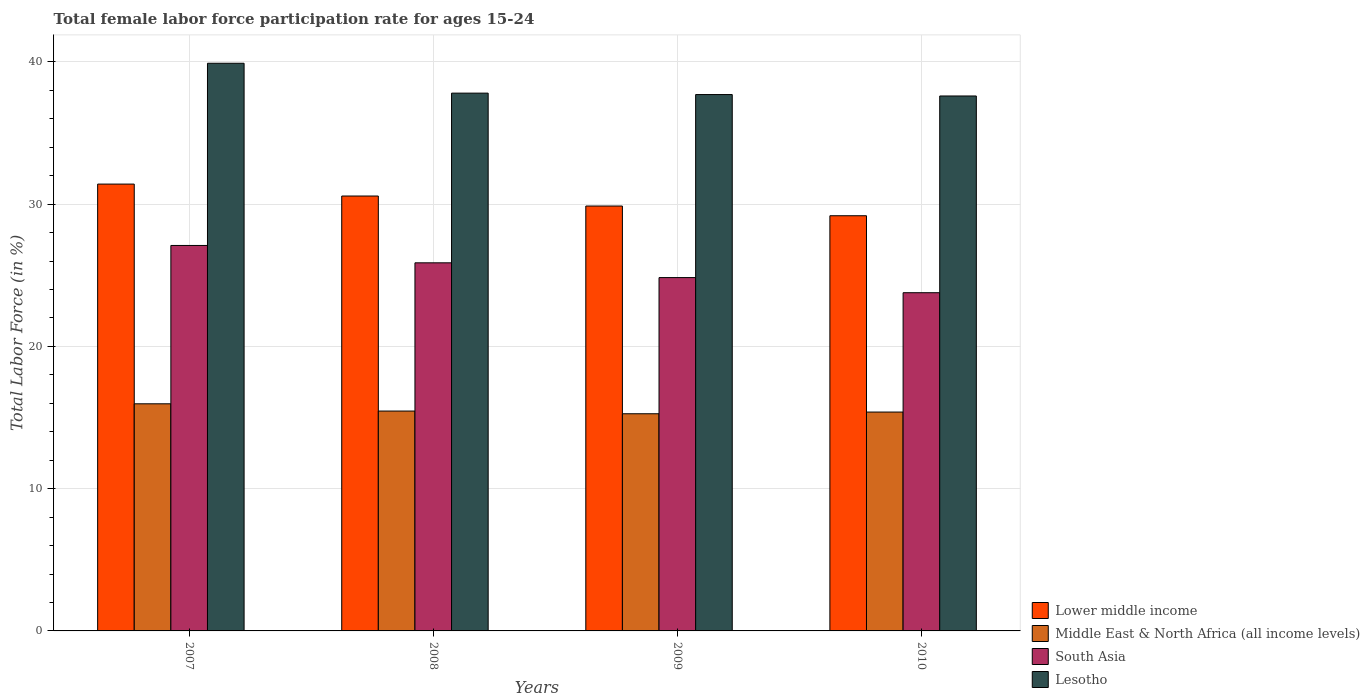
| Years | Lower middle income | Middle East & North Africa (all income levels) | South Asia | Lesotho |
 | --- | --- | --- | --- | --- |
 | 2007 | 31.4 | 16 | 27.1 | 39.9 |
 | 2008 | 30.6 | 15.5 | 25.9 | 37.8 |
 | 2009 | 29.9 | 15.3 | 24.8 | 37.7 |
 | 2010 | 29.2 | 15.4 | 23.8 | 37.6 |